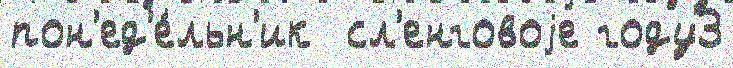
пон'ед'е́льн'ик  сл'енговоjе году3